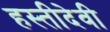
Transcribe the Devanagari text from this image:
हस्तीदेवी